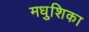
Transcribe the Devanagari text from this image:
मधुशिका